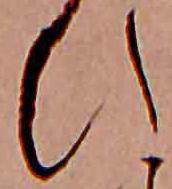
ひ